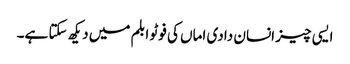
ایسی چیز انسان دادی اماں کی فوٹو ابلم میں دیکھ سکتا ہے۔